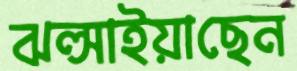
ঝল্‌সাইয়াছেন